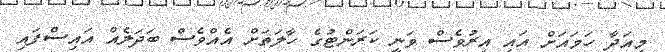
މިއަދާ ހަމައަށް އައި އިރުވެސް ވަނީ ކަރަންޓުގެ ހާލަތަށް އެއްވެސް ބަދަލެއް އައިސްފައި